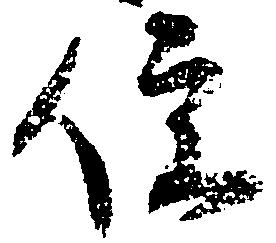
便